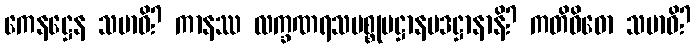
ကေနဋ္ဌေန သမာဓိ? ကာနဿ လက္ခဏရသပစ္စုပဋ္ဌာနပဒဋ္ဌာနာနိ? ကတိဝိဓော သမာဓိ?